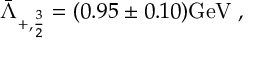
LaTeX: { \bar { \Lambda } } _ { + , { \frac { 3 } { 2 } } } = ( 0 . 9 5 \pm 0 . 1 0 ) \mathrm { G e V } \; ,